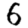
Digit: 6